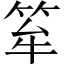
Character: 𥭏